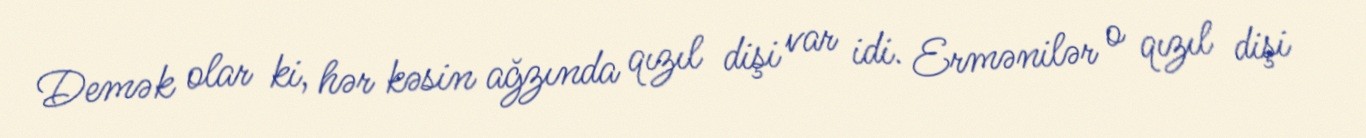
Demək olar ki, hər kəsin ağzında qızıl dişi var idi. Ermənilər o qızıl dişi